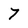
Character: 7